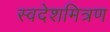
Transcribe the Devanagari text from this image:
स्वदेशमित्रण